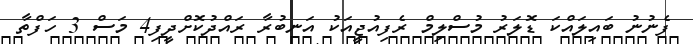
ފެނުނު ބައިލައްކަ ޑޮލަރު މުސްލިމް ރެފިއުޖީއަކު އަނބުރާ ރައްދުކޮށްދީފި4 މަސް 3 ހަފްތާ